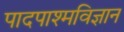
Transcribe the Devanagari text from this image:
पादपाश्मविज्ञान